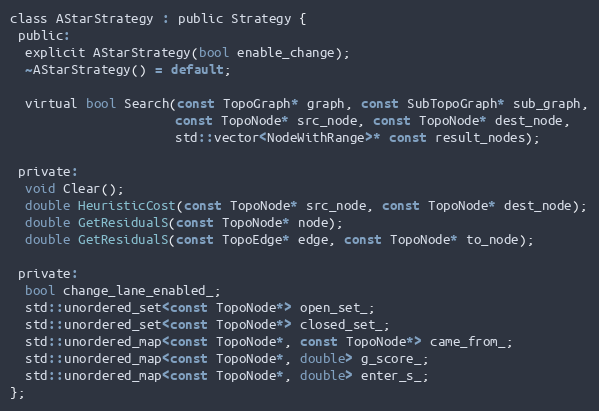
Language: C
class AStarStrategy : public Strategy {
 public:
  explicit AStarStrategy(bool enable_change);
  ~AStarStrategy() = default;

  virtual bool Search(const TopoGraph* graph, const SubTopoGraph* sub_graph,
                      const TopoNode* src_node, const TopoNode* dest_node,
                      std::vector<NodeWithRange>* const result_nodes);

 private:
  void Clear();
  double HeuristicCost(const TopoNode* src_node, const TopoNode* dest_node);
  double GetResidualS(const TopoNode* node);
  double GetResidualS(const TopoEdge* edge, const TopoNode* to_node);

 private:
  bool change_lane_enabled_;
  std::unordered_set<const TopoNode*> open_set_;
  std::unordered_set<const TopoNode*> closed_set_;
  std::unordered_map<const TopoNode*, const TopoNode*> came_from_;
  std::unordered_map<const TopoNode*, double> g_score_;
  std::unordered_map<const TopoNode*, double> enter_s_;
};